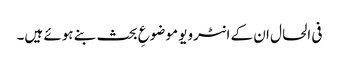
فی الحال ان کے انٹرویو موضوعِ بحث بنے ہوئے ہیں۔